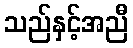
သည်နှင့်အညီ